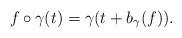
\begin{align*} f\circ\gamma(t) = \gamma(t + b_\gamma(f)). \end{align*}